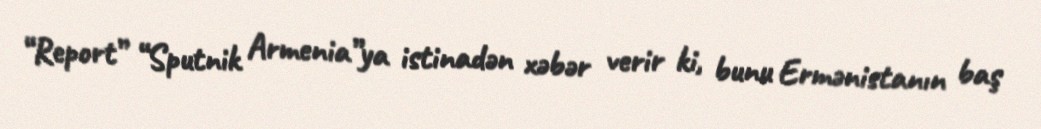
“Report” “Sputnik Armenia”ya istinadən xəbər verir ki, bunu Ermənistanın baş